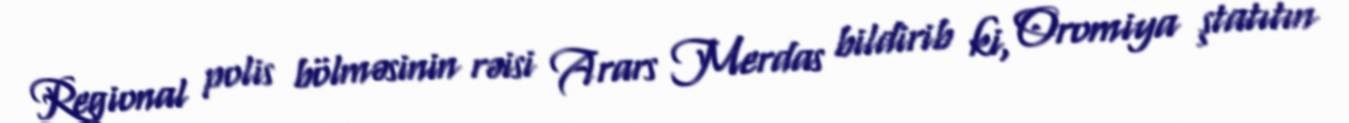
Regional polis bölməsinin rəisi Arars Merdas bildirib ki, Oromiya ştatıtın